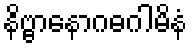
နိဗ္ဗာနောဂဓဂါမိနံ